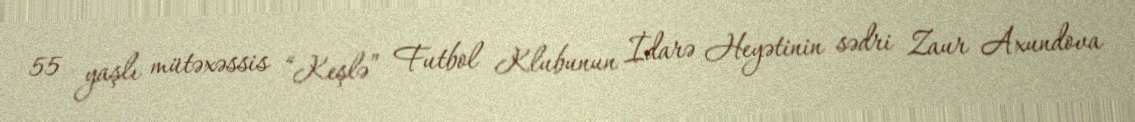
55 yaşlı mütəxəssis “Keşlə” Futbol Klubunun İdarə Heyətinin sədri Zaur Axundova